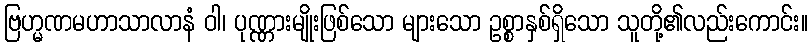
ဗြဟ္မဏမဟာသာလာနံ ဝါ၊ ပုဏ္ဏားမျိုးဖြစ်သော များသော ဥစ္စာနှစ်ရှိသော သူတို့၏လည်းကောင်း။